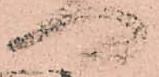
門